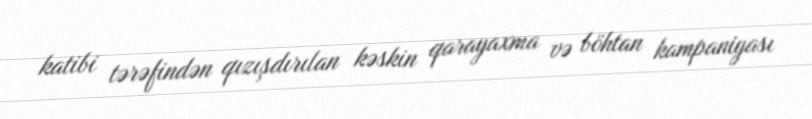
katibi tərəfindən qızışdırılan kəskin qarayaxma və böhtan kampaniyası